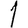
Digit: 1